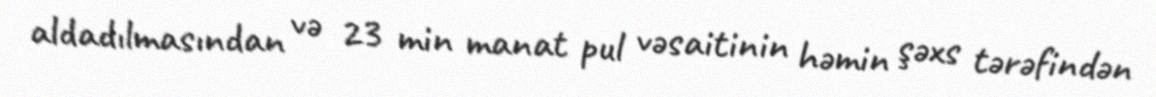
aldadılmasından və 23 min manat pul vəsaitinin həmin şəxs tərəfindən